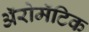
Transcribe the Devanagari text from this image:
अॅरोमॅटिक